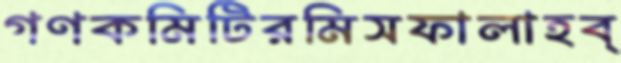
গণকমিটিরমিসফালাহব্